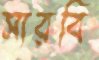
সারবি